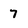
Character: 7